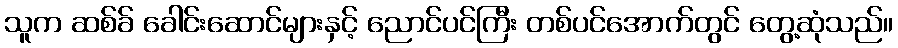
သူက ဆစ်ခ် ခေါင်းဆောင်များနှင့် ညောင်ပင်ကြီး တစ်ပင်အောက်တွင် တွေ့ဆုံသည်။